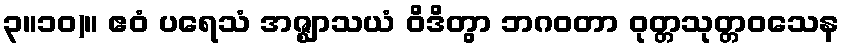
၃။၁၀)။ ဧဝံ ပရေသံ အဇ္ဈာသယံ ဝိဒိတွာ ဘဂဝတာ ဝုတ္တသုတ္တဝသေန